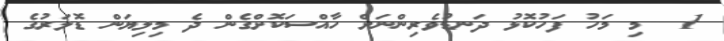
1  މި މަހު ފަހުކޮޅު ދަނޑުވެރިންނަށް ހާއްސަކޮށްގެން ދެ މިލިޔަން ޑޮލަރުގެ